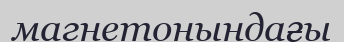
магнетонындағы